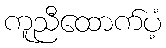
ကူညီထောက်ပံ့